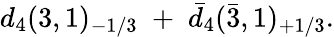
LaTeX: d_{4}(3,1)_{-1/3}\; +\; \bar{d}_{4}(\bar{3},1)_{+1/3}.